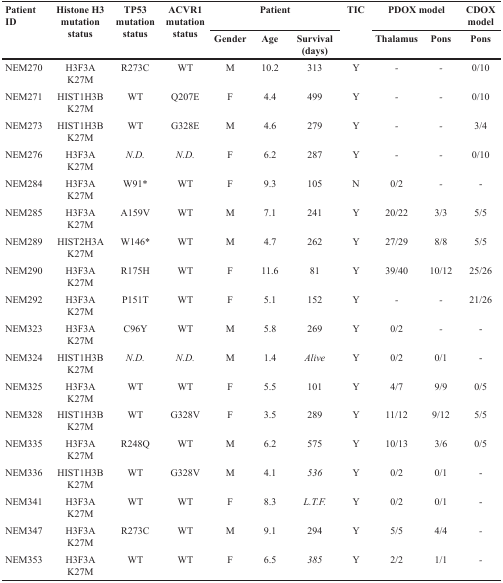
<table><thead><tr><td rowspan="2"><b>Patient ID</b></td><td rowspan="2"><b>Histone H3 mutation status</b></td><td rowspan="2"><b>TP53 mutation status</b></td><td rowspan="2"><b>ACVR1 mutation status</b></td><td colspan="3"><b>Patient</b></td><td rowspan="2"><b>TIC</b></td><td colspan="2"><b>PDOX model</b></td><td><b>CDOX model</b></td></tr><tr><td><b>Gender</b></td><td><b>Age</b></td><td><b>Survival (days)</b></td><td><b>Thalamus</b></td><td><b>Pons</b></td><td><b>Pons</b></td></tr></thead><tbody><tr><td>NEM270</td><td>H3F3A K27M</td><td>R273C</td><td>WT</td><td>M</td><td>10.2</td><td>313</td><td>Y</td><td>-</td><td>-</td><td>0/10</td></tr><tr><td>NEM271</td><td>HIST1H3B K27M</td><td>WT</td><td>Q207E</td><td>F</td><td>4.4</td><td>499</td><td>Y</td><td>-</td><td>-</td><td>0/10</td></tr><tr><td>NEM273</td><td>HIST1H3B K27M</td><td>WT</td><td>G328E</td><td>M</td><td>4.6</td><td>279</td><td>Y</td><td>-</td><td>-</td><td>3/4</td></tr><tr><td>NEM276</td><td>H3F3A K27M</td><td><i>N.D</i>.</td><td><i>N.D</i>.</td><td>F</td><td>6.2</td><td>287</td><td>Y</td><td>-</td><td>-</td><td>0/10</td></tr><tr><td>NEM284</td><td>H3F3A K27M</td><td>W91*</td><td>WT</td><td>F</td><td>9.3</td><td>105</td><td>N</td><td>0/2</td><td>-</td><td>-</td></tr><tr><td>NEM285</td><td>H3F3A K27M</td><td>A159V</td><td>WT</td><td>M</td><td>7.1</td><td>241</td><td>Y</td><td>20/22</td><td>3/3</td><td>5/5</td></tr><tr><td>NEM289</td><td>HIST2H3A K27M</td><td>W146*</td><td>WT</td><td>M</td><td>4.7</td><td>262</td><td>Y</td><td>27/29</td><td>8/8</td><td>5/5</td></tr><tr><td>NEM290</td><td>H3F3A K27M</td><td>R175H</td><td>WT</td><td>F</td><td>11.6</td><td>81</td><td>Y</td><td>39/40</td><td>10/12</td><td>25/26</td></tr><tr><td>NEM292</td><td>H3F3A K27M</td><td>P151T</td><td>WT</td><td>F</td><td>5.1</td><td>152</td><td>Y</td><td>-</td><td>-</td><td>21/26</td></tr><tr><td>NEM323</td><td>H3F3A K27M</td><td>C96Y</td><td>WT</td><td>M</td><td>5.8</td><td>269</td><td>Y</td><td>0/2</td><td>-</td><td>-</td></tr><tr><td>NEM324</td><td>HIST1H3B K27M</td><td><i>N.D</i>.</td><td><i>N.D</i>.</td><td>M</td><td>1.4</td><td><i>Alive</i></td><td>Y</td><td>0/2</td><td>0/1</td><td>-</td></tr><tr><td>NEM325</td><td>H3F3A K27M</td><td>WT</td><td>WT</td><td>F</td><td>5.5</td><td>101</td><td>Y</td><td>4/7</td><td>9/9</td><td>0/5</td></tr><tr><td>NEM328</td><td>HIST1H3B K27M</td><td>WT</td><td>G328V</td><td>F</td><td>3.5</td><td>289</td><td>Y</td><td>11/12</td><td>9/12</td><td>5/5</td></tr><tr><td>NEM335</td><td>H3F3A K27M</td><td>R248Q</td><td>WT</td><td>M</td><td>6.2</td><td>575</td><td>Y</td><td>10/13</td><td>3/6</td><td>0/5</td></tr><tr><td>NEM336</td><td>HIST1H3B K27M</td><td>WT</td><td>G328V</td><td>M</td><td>4.1</td><td><i>536</i></td><td>Y</td><td>0/2</td><td>0/1</td><td>-</td></tr><tr><td>NEM341</td><td>H3F3A K27M</td><td>WT</td><td>WT</td><td>F</td><td>8.3</td><td><i>L.T.F</i>.</td><td>Y</td><td>0/2</td><td>0/1</td><td>-</td></tr><tr><td>NEM347</td><td>H3F3A K27M</td><td>R273C</td><td>WT</td><td>M</td><td>9.1</td><td>294</td><td>Y</td><td>5/5</td><td>4/4</td><td>-</td></tr><tr><td>NEM353</td><td>H3F3A K27M</td><td>WT</td><td>WT</td><td>F</td><td>6.5</td><td><i>385</i></td><td>Y</td><td>2/2</td><td>1/1</td><td>-</td></tr></tbody></table>